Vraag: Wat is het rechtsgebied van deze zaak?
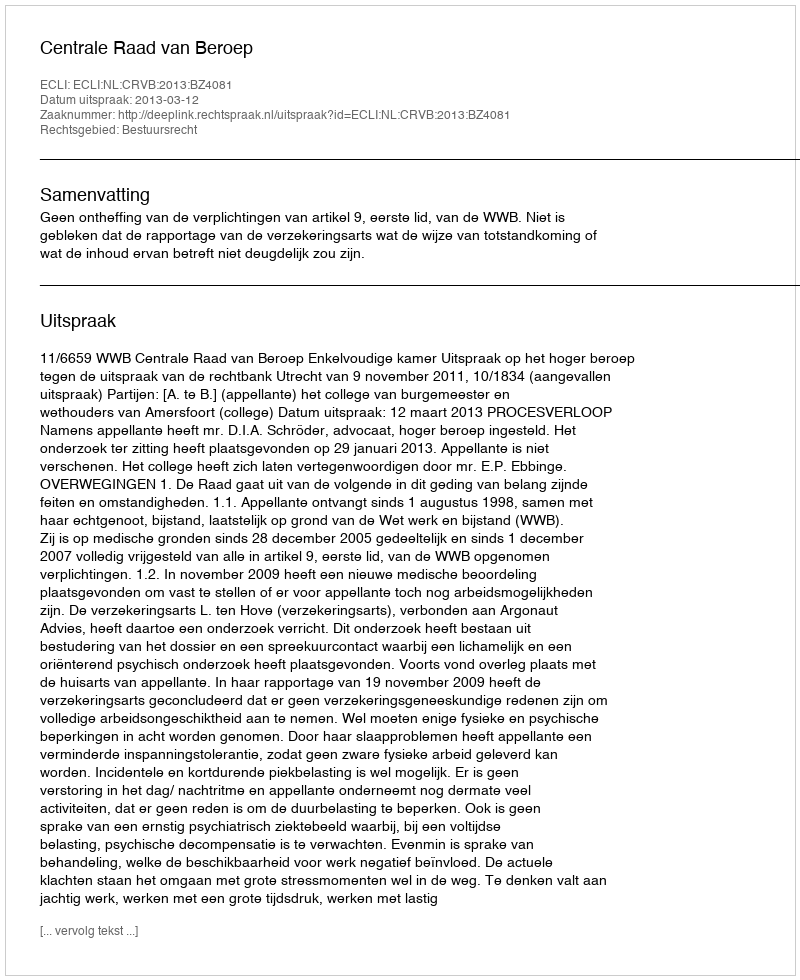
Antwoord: Bestuursrecht